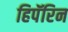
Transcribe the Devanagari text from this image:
हिपॅरिन